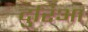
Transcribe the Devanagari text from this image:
दुरिआ